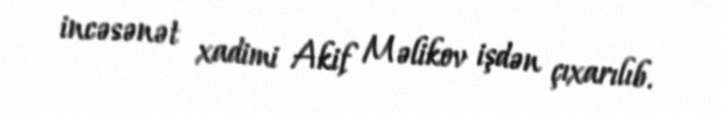
incə­sə­nət xadimi Akif Məlikov işdən çıxarılıb.